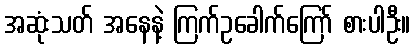
အဆုံးသတ် အနေနဲ့ ကြက်ဥခေါက်ကြော် စားပါဦး။